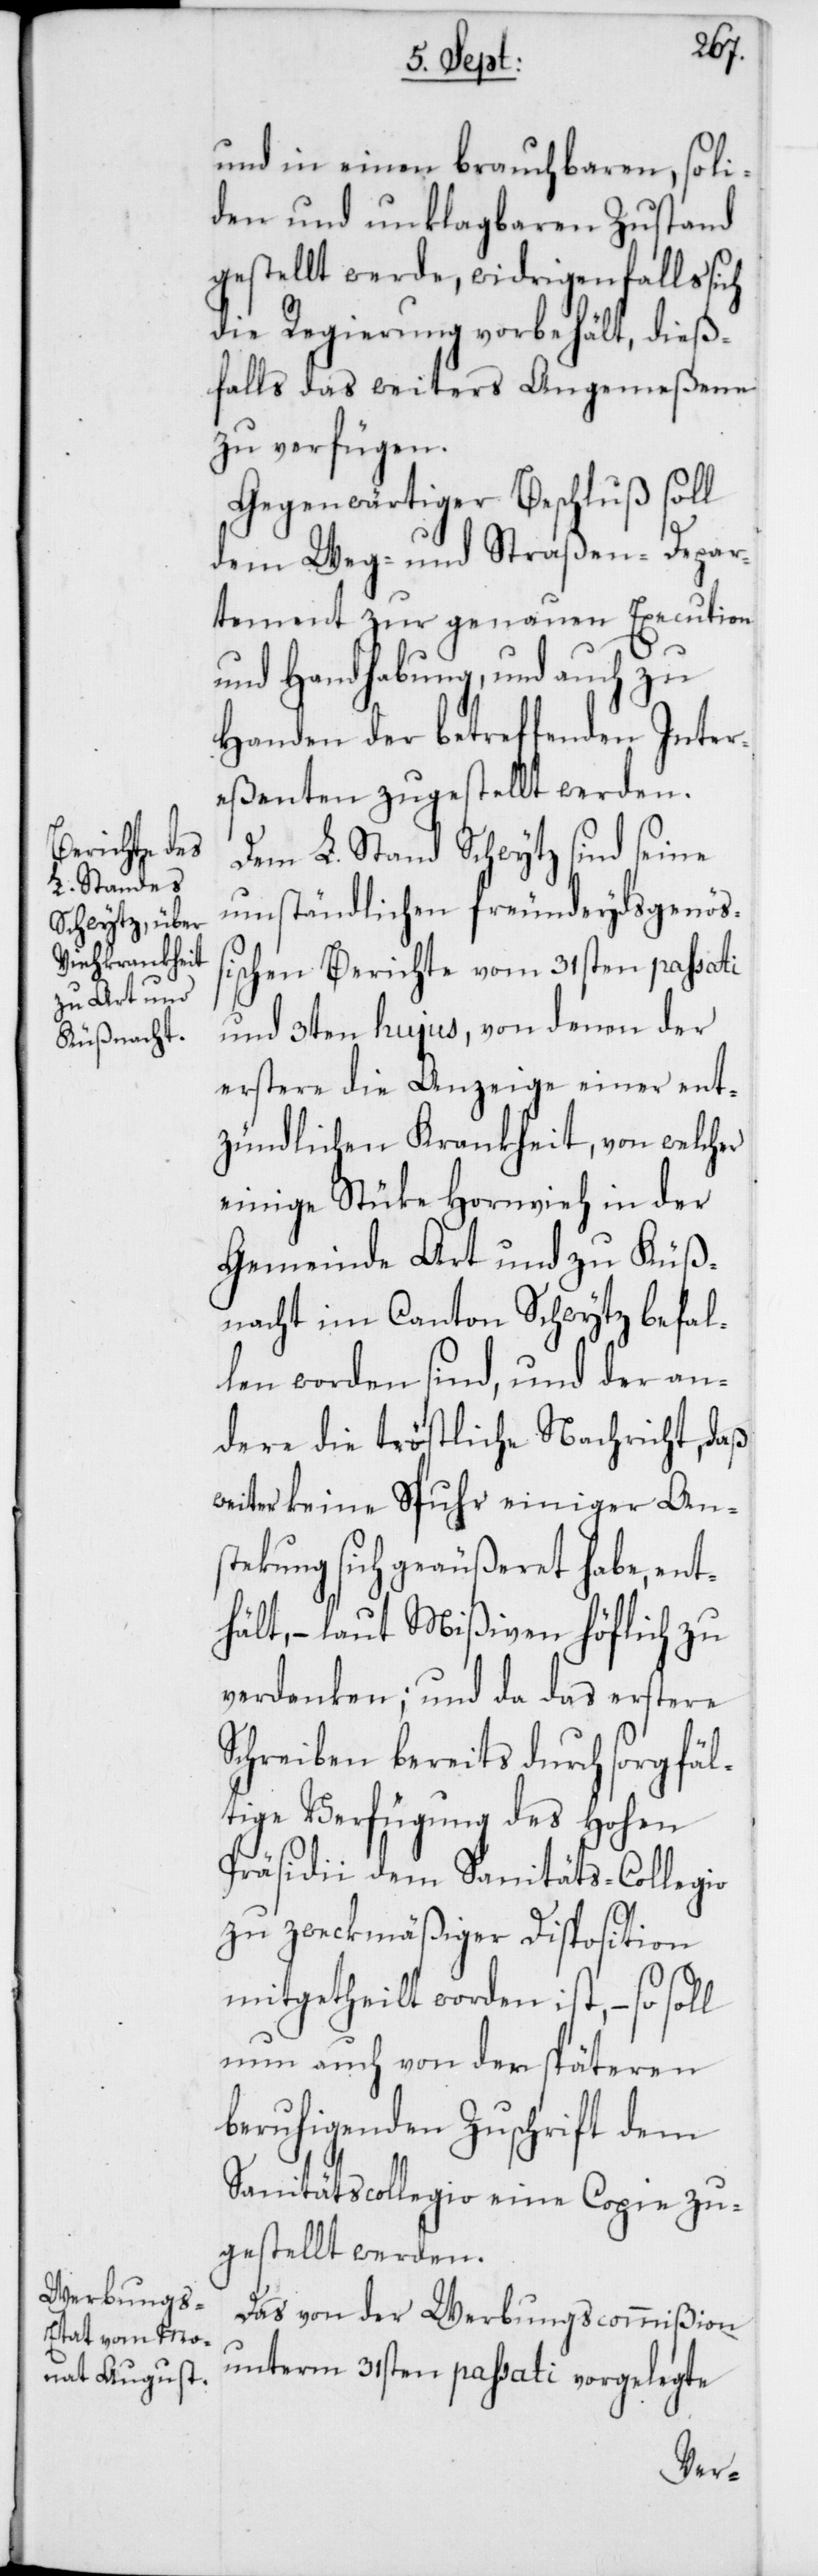
und in einen brauchbaren, soli¬
den und unklagbaren Zustand
gestellt werde, widrigenfalls sich
die Regierung vorbehält, dieß¬
falls das weiters Angemeßene
zu verfügen.
Gegenwärtiger Beschluß soll
dem Weg- und Straßen-Depar¬
tement zur genauen Execution
und Handhabung, und auch zu
Handen der betreffenden Inter¬
eßenten zugestellt werden.
Dem L. Stand Schwytz sind seine
umständlichen freundeydsgenöß¬
ischen Berichte vom 31sten passati
und 3ten hujus, von denen der
erstere die Anzeige einer ent¬
zündlichen Krankheit, von welcher
einige Stüke Hornvieh in der
Gemeinde Art und zu Küß¬
nacht im Canton Schwytz befal¬
len worden sind, und der an¬
dere die tröstliche Nachricht, daß
weiter keine Spuhr einiger Ans¬
tekung sich geäußeret habe, ent¬
hält, – laut Mißiven höflich zu
verdanken; und da das erstere
Schreiben bereits durch sorgfäl¬
tige Verfügung des Hohen
Präsidii dem Sanitäts-Collegio
zu zwekmäßiger Disposition
mitgetheilt worden ist, – so soll
nun auch von der späteren
beruhigenden Zuschrift dem
Sanitätscollegio eine Copie zu¬
gestellt werden.
Das von der Werbungscommißion
unterm 31sten passati vorgelegte